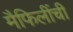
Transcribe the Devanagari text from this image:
मैफिलींची